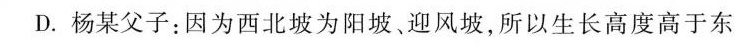
D.杨某父子：因为西北坡为阳坡、迎风坡，所以生长高度高于东